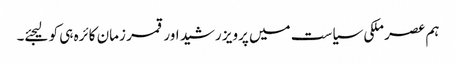
ہم عصر ملکی سیاست میں پرویز رشید اور قمر زمان کائرہ ہی کو لیجئے۔